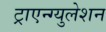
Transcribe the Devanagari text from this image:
ट्राएन्ग्युलेशन